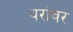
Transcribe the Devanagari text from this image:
थरांवर